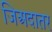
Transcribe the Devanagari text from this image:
जिअदातर